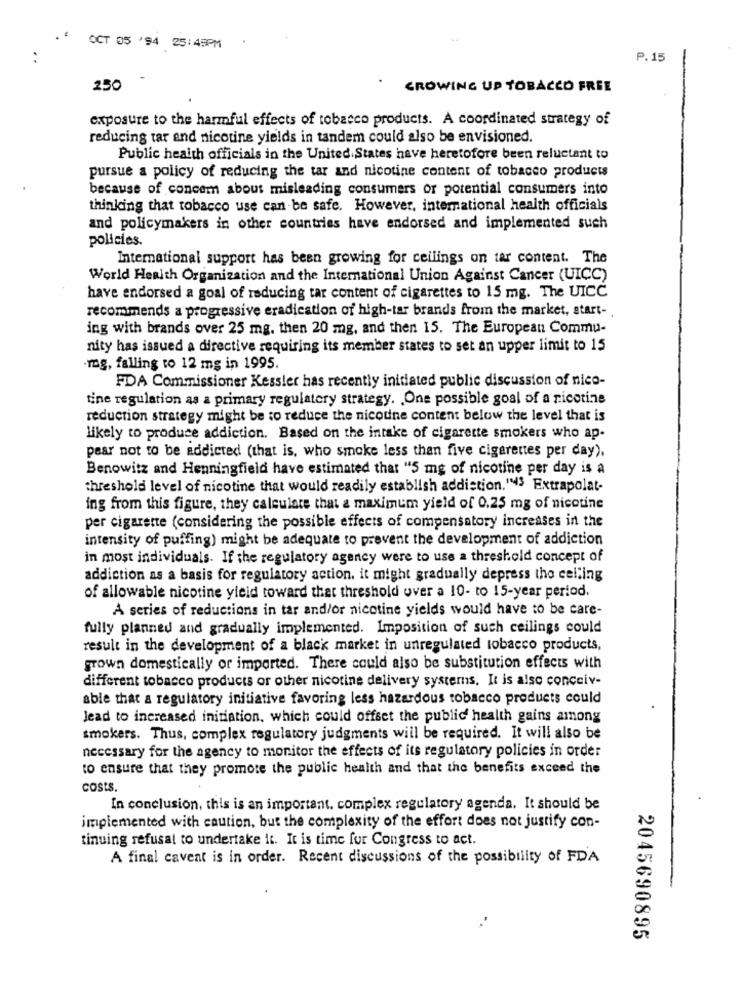
OCT
35 '94 25:45PM
..
P.15
250
GROWING UP TOBACCO FREE
exposure to the harmful effects of tobacco products. A coordinated strategy of
reducing tar and nicotine yields in tandem could also be envisioned.
Public health officials in the United States have heretofore been reluctant to
pursue a policy of reducing the tar and nicotine content of tobacco products
because of concer about misleading consumers or potential consumers into
thinking that tobacco use can be safe. However, international health officials
and policymakers in other countries have endorsed and implemented such
policies.
International support has been growing for ceilings on tar content. The
World Health Organization and the International Union Against Cancer (UICC)
have endorsed a goal of reducing tar content of cigarettes to 15 mg. The UICC
recommends a progressive eradication of high-tar brands from the market, start-
ing with brands over 25 mg. then 20 mg, and then 15. The European Commu-
nity has issued a directive requiring its member states to set an upper limit to 15
-mg, falling to 12 mg in 1995.
FDA Commissioner Kessler has recently initiated public discussion of nico-
tine regulation as a primary regulatory strategy. . One possible goal of a nicotine
reduction strategy might be to reduce the nicotine content below the level that is
likely to produce addiction. Based on the intake of cigarette smokers who ap-
pear not to be addicted (that is, who smoke less than five cigarettes per day),
Benowitz and Henningfield have estimated that "5 mg of nicotine per day is a
threshold level of nicotine that would readily establish addiction,"43 Extrapolat-
ing from this figure, they calculate that a maximum yield of 0.25 mg of nicotine
per cigarette (considering the possible effects of compensatory increases in the
intensity of puffing) might be adequate to prevent the development of addiction
in most individuals. If the regulatory agency were to use a threshold concept of
addiction as a basis for regulatory action. it might gradually depress the celling
of allowable nicotine yicid toward that threshold over a 10- to 15-year period.
A series of reductions in tar and/or nicotine yields would have to be care-
fully planned and gradually implemented. Imposition of such ceilings could
result in the development of a black market in unregulated tobacco products,
grown domestically or imported. There could also be substitution effects with
different tobacco products or other nicotine delivery systems. It is also concciv-
able that a regulatory initiative favoring less hazardous tobacco products could
Jead to increased initiation, which could offset the public health gains among
smokers. Thus, complex regulatory judgments will be required. It will also be
necessary for the agency to monitor the effects of its regulatory policies in order
to ensure that they promote the public health and that the benefits exceed the
costs.
In conclusion, this is an important. complex regulatory agenda. It should be
implemented with caution, but the complexity of the effort does not justify con-
tinuing refusal to undertake it. It is time for Congress to act.
A final caveat is in order. Recent discussions of the possibility of FDA
-
2045690895